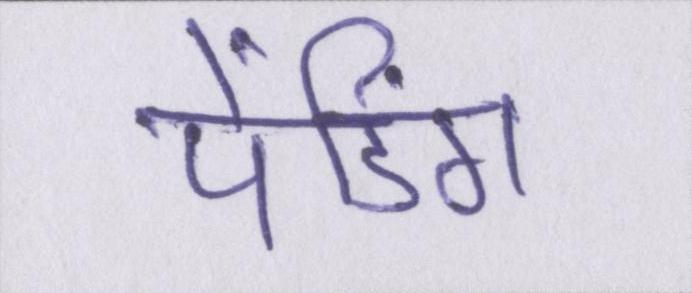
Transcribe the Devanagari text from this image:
पेंडिंग